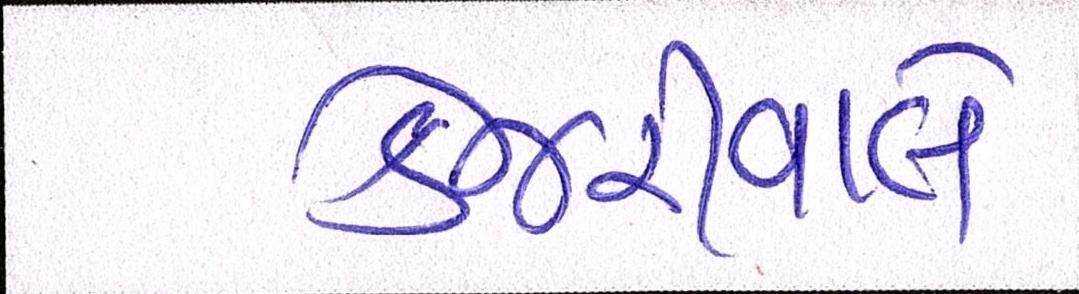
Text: કેજરીવાલે